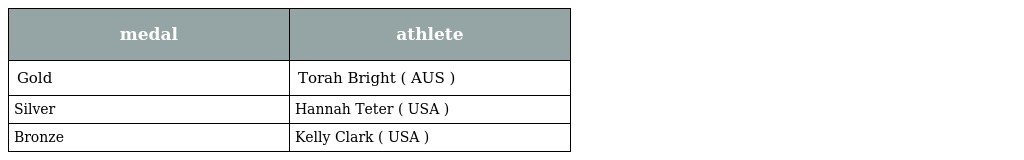
| medal | athlete |
 | --- | --- |
 | Gold | Torah Bright ( AUS ) |
 | Silver | Hannah Teter ( USA ) |
 | Bronze | Kelly Clark ( USA ) |